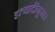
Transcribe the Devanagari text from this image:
इत्यादींनुसार